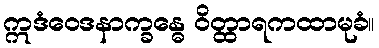
ဣဒံဝေဒနာက္ခန္ဓေ ဝိတ္ထာရကထာမုခံ။